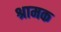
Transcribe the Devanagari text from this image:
श्रामक